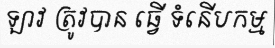
ឡាវ ត្រូវបាន ធ្វើ ទំនើបកម្ម